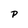
Character: P